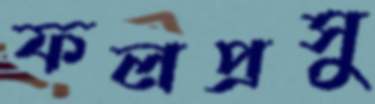
ফলপ্রসু